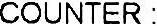
COUNTER :